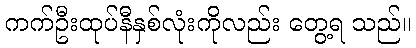
ကက်ဦးထုပ်နီနှစ်လုံးကိုလည်း တွေ့ရ သည်။